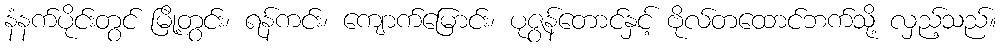
နံနက်ပိုင်းတွင် မြို့တွင်း၊ ရန်ကင်း၊ ကျောက်မြောင်း၊ ပုဇွန်တောင်နှင့် ဗိုလ်တထောင်ဘက်သို့ လှည့်သည်။